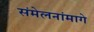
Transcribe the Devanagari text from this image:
संमेलनांमागे